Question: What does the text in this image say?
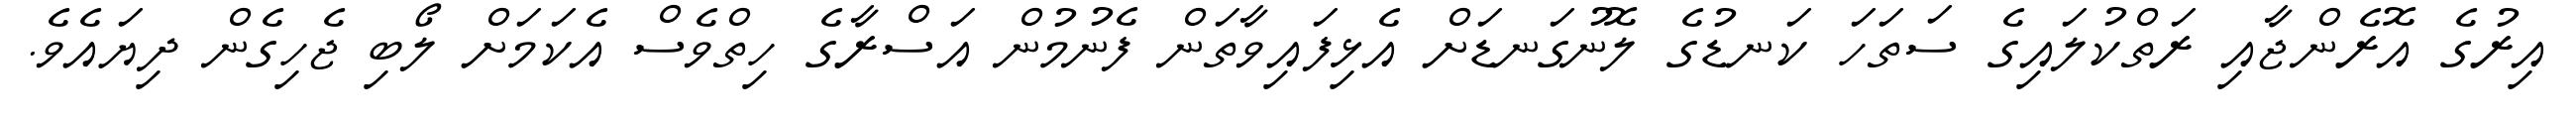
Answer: އިރުގެ އޮރެންޖާއި ރަތްކުލައިގެ ސަތަހަ ކަނޑުގެ ލޮނުގަނޑަށް އެޅިފައިވާތަން ފެނުމުން އަސްރާގެ ހިތްވެސް އެކަމަށް ލޯބި ޖެހިގެން ދިޔައެވެ.